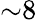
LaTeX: {\sim}8